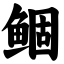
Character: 鲴